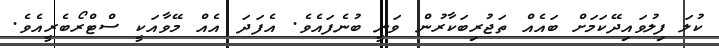
ކުލަ ފިލުވައިދޭކަމަށް ބައެއް ތަޖުރިބަކާރުން ވަނީ ބުނެފައެވެ. އެފަދަ އެއް މޭވާއަކީ ސްޓްރޯބެރީއެވެ.